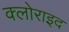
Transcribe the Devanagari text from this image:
क्लोराइद